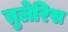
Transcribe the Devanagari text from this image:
तुलेरिस